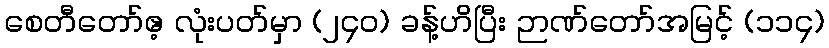
စေတီတော်ဧ့ လုံးပတ်မှာ (၂၄၀) ခန့်ဟိပြီး ဉာဏ်တော်အမြင့် (၁၁၄)